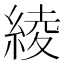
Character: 綾